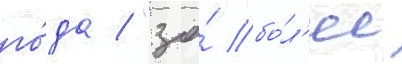
го́да / "за́ бо́л'ее